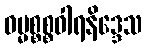
ဓမ္မစ္စစ္စဝါရနိဒ္ဒေသ